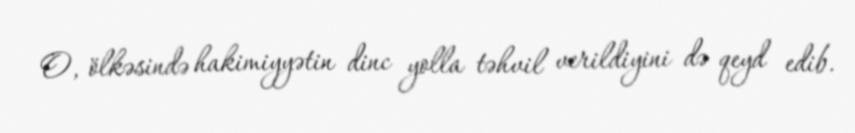
O, ölkəsində hakimiyyətin dinc yolla təhvil verildiyini də qeyd edib.